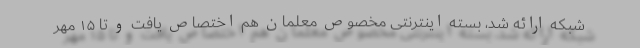
شبکه ارائه شد، بسته اینترنتی مخصوص معلمان هم اختصاص یافت و تا ۱۵ مهر